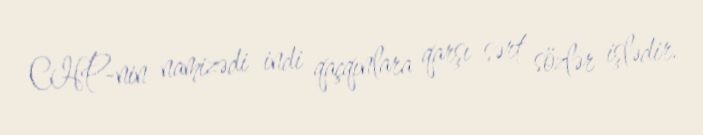
CHP-nin namizədi indi qaçqınlara qarşı sərt sözlər işlədir.